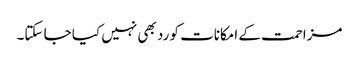
مزاحمت کے امکانات کو رد بھی نہیں کیا جا سکتا۔